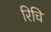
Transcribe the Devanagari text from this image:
रिचि